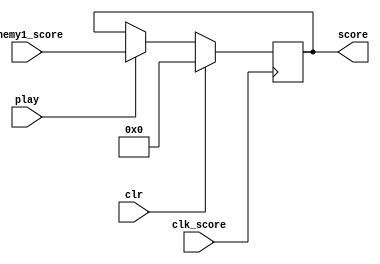
`timescale 1ns / 1ps
//////////////////////////////////////////////////////////////////////////////////
// Company: 
// Engineer: 
// 
// Design Name: 
// Module Name:    ss_display 
// Project Name: 
// Target Devices: 
// Tool versions: 
// Description: 
//
// Dependencies: 
//
// Revision: 
// Revision 0.01 - File Created
// Additional Comments: 
//
//////////////////////////////////////////////////////////////////////////////////
module score_keeper(
	input wire clk_score,
	input wire play,
	input wire clr,
  	input wire [13:0] enemy1_score,
	output reg [13:0] score
	);

always @(posedge clk_score) begin  
	if (clr) begin
		score <= 14'd0;
	end
	else if (!play) begin
	
	end
	else begin
      	
      score <= enemy1_score;     
		//score <= score + 14'd1;
	end
	
	
end

endmodule



module score_display(
	input wire clk_in_display,
 	input wire clk_in_blink,
	input wire play,
	input wire clr,
	input wire [13:0] score, 	
	output reg [7:0] C,
	output reg [3:0] A
	);
	

reg [1:0] counter = 0;
reg [5:0] temp, temp2, temp3, temp4, hold;	
reg show_digit = 1;
  
initial begin
	show_digit = 1'b1;
end
	  
always @(posedge clk_in_blink) begin  
	if (play == 1)
		show_digit <= 1'b1;
	else
		show_digit <= show_digit + 1'b1;
end
	  
	
always @(posedge clk_in_display) begin

	//score reset: do it in a score_keeper module
			
		
	temp <= score % 'd10;
	temp2 <= (score / 'd10)% 10;
	temp3 <= (score / 'd100)%10;
	temp4 <= (score / 'd1000);
			
	case (counter)
		2'd0: begin 
		A <= 4'b0111;
		hold <= temp;
		end
		2'd1:begin 
		A <= 4'b1110;
		hold <= temp2;
		end
		2'd2:begin 
		A <= 4'b1101;
		hold <= temp3;
		end
		2'd3:begin 
		A <= 4'b1011;
		hold <= temp4;
		end		
	endcase
		
	case (hold)
		4'd0: C <= 8'b00000011;
		4'd1: C <= 8'b10011111;
		4'd2: C <= 8'b00100101;
		4'd3: C <= 8'b00001101;
		4'd4: C <= 8'b10011001;
		4'd5: C <= 8'b01001001;
		4'd6: C <= 8'b01000001;
		4'd7: C <= 8'b00011111;
		4'd8: C <= 8'b00000001;
		4'd9: C <= 8'b00001001;
		default: C <= 8'b11111111;
		
	endcase
	//assigned digit to display
	
	//flashing when game is over
	if (play == 0) begin
		if (show_digit == 0)
			C <= 8'b11111111;
	end
      
		counter <= counter + 1;
	end
endmodule